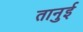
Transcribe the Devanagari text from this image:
तानुई